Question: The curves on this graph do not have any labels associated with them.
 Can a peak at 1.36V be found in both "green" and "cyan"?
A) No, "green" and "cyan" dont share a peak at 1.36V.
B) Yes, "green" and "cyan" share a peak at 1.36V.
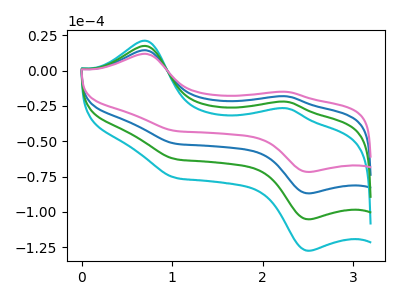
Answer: <think>The blue curve "blue" has anodic peaks at (0.70V, 14.45uA) (2.25V, -18.25uA) and cathodic peaks at (2.50V, -86.90uA) (1.05V, -51.70uA). The cyan curve "cyan" has anodic peaks at (0.70V, 43.30uA) (2.25V, -54.75uA) and cathodic peaks at (2.50V, -260.70uA) (1.05V, -155.15uA). The green curve "green" has anodic peaks at (0.70V, 28.85uA) (2.25V, -36.50uA) and cathodic peaks at (2.50V, -173.80uA) (1.05V, -103.40uA). The pink curve "pink" has anodic peaks at (0.70V, 11.90uA) (2.25V, -15.05uA) and cathodic peaks at (2.50V, -71.75uA) (1.05V, -42.70uA).</think>
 <answer>A) No, "green" and "cyan" dont share a peak at 1.36V.</answer>
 <eval>A</eval>